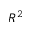
R ^ { 2 }